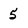
Character: 5